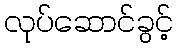
လုပ်ဆောင်ခွင့်